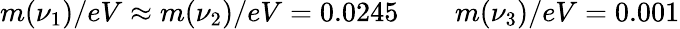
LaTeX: \begin{array}{r}{m(\nu_{1})/eV\approx m(\nu_{2})/eV=0.0245\qquad m(\nu_{3})/eV=0.001}\end{array}